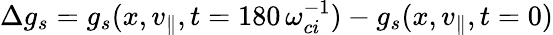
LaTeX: \Delta g_{s}=g_{s}(x,v_{\parallel},t=180\, \omega_{ci}^{-1})-g_{s}(x,v_{\parallel},t=0)